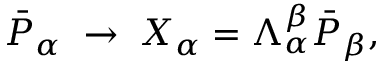
\bar { { \cal P } } _ { \alpha } \; \rightarrow \; X _ { \alpha } = \Lambda _ { \alpha } ^ { \beta } \bar { { \cal P } } _ { \beta } ,